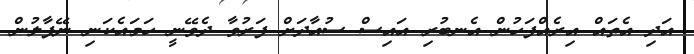
އަދި އެތައް އިރެއްފަހުން އެނބުރި އައިސް ސުއާދަށް ފަރުވާ ދެވޭނީ ހަމައެކަނި ނޭޕާލުން